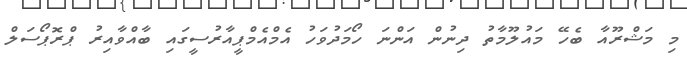
މި މަޝްރޫއާ ބެހޭ މައުލޫމާތު ދިނުން އަންނަ ހޯމަދުވަހު އެމްއެމްޕީއާރުސީގައި ބާއްވާއިރު ޕްރޮޕޯސަލް